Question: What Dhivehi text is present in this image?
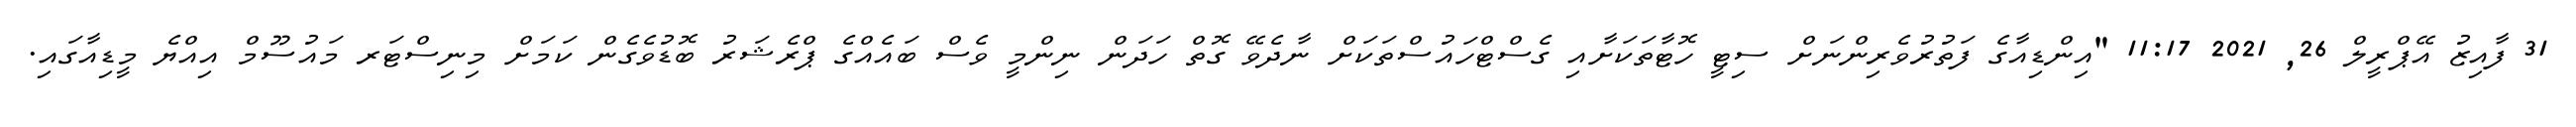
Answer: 31 ފާއިޒު އޭޕްރީލް 26, 2021 11:17 "އިންޑިއާގެ ފަތުރުވެރިންނަށް ސިޓީ ހޮޓާތަކަށާއި ގެސްޓްހައުސްތަކަށް ނާދެވޭ ގޮތް ހަދަން ނިންމީ ވެސް ބައެއްގެ ޕްރެޝަރު ބޮޑުވެގެން ކަމަށް މިނިސްޓަރ މައުސޫމް އިއްޔެ މީޑިއާގައި.